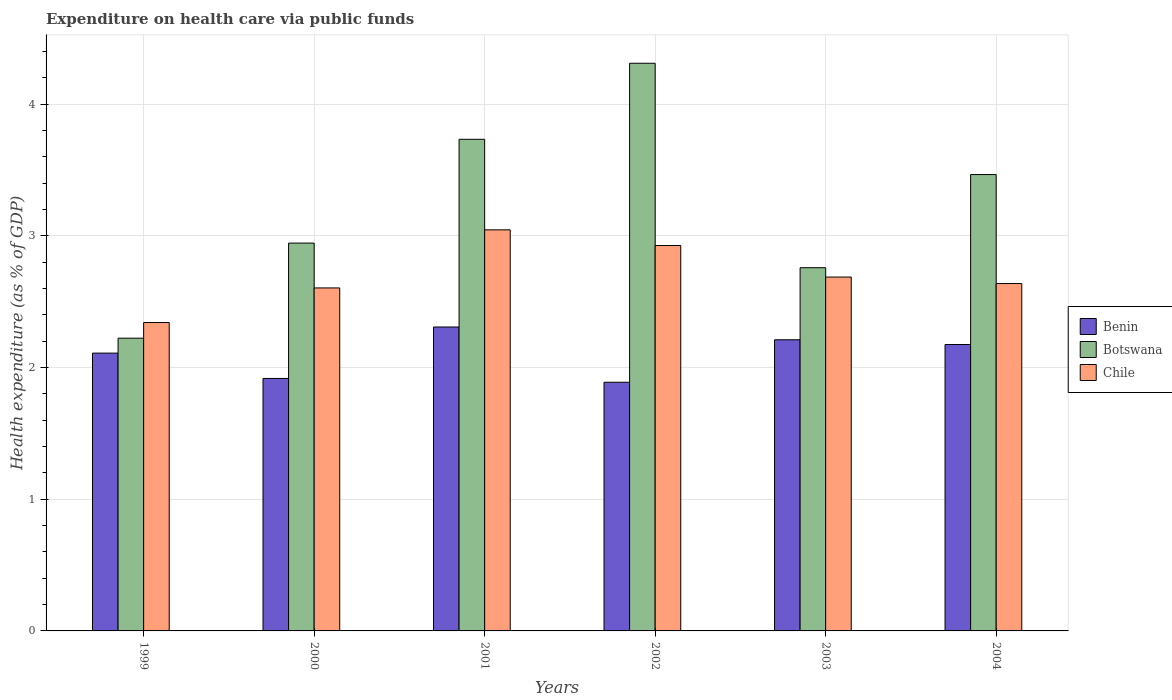
| Years | Benin | Botswana | Chile |
 | --- | --- | --- | --- |
 | 1999 | 2.11 | 2.22 | 2.34 |
 | 2000 | 1.92 | 2.95 | 2.6 |
 | 2001 | 2.31 | 3.73 | 3.05 |
 | 2002 | 1.89 | 4.31 | 2.93 |
 | 2003 | 2.21 | 2.76 | 2.69 |
 | 2004 | 2.18 | 3.47 | 2.64 |